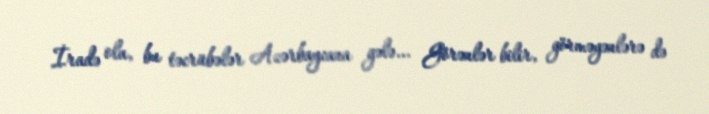
İradə ola, bu təcrübələr Azərbaycana gələ... Görənlər bilir, görməyənlərə də